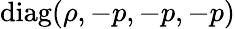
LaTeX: \mathrm{diag}(\rho,-p,-p,-p)